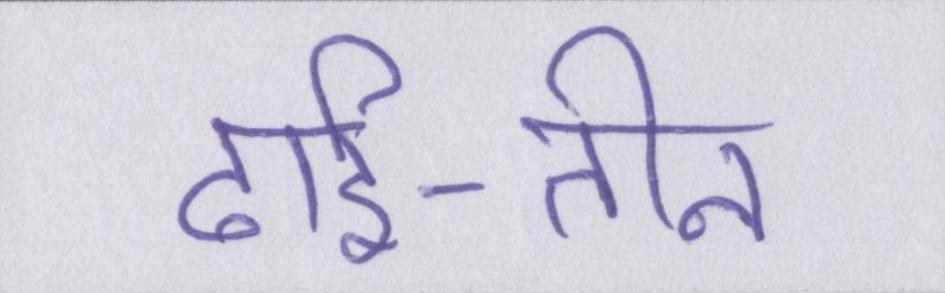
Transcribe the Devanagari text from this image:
ढाई-तीन